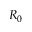
R _ { 0 }